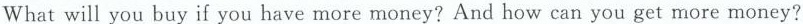
Whatwill you buy if you have more money?